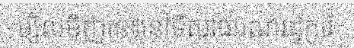
ម្សិលមិញនេះនៅទីសាធារណរដ្ឋកូរ៉េ